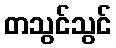
တသွင်သွင်